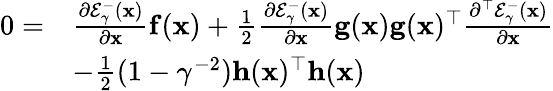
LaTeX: \begin{array}{rl}{0=}&{\frac{\partial\mathcal{E}_{\gamma}^{-}(\mathbf{x})}{\partial\mathbf{x}}\mathbf{f}(\mathbf{x})+\frac{1}{2}\frac{\partial\mathcal{E}_{\gamma}^{-}(\mathbf{x})}{\partial\mathbf{x}}\mathbf{g}(\mathbf{x})\mathbf{g}(\mathbf{x})^{\top}\frac{\partial^{\top}\mathcal{E}_{\gamma}^{-}(\mathbf{x})}{\partial\mathbf{x}}}\\ &{-\frac{1}{2}(1-\gamma^{-2})\mathbf{h}(\mathbf{x})^{\top}\mathbf{h}(\mathbf{x})}\end{array}